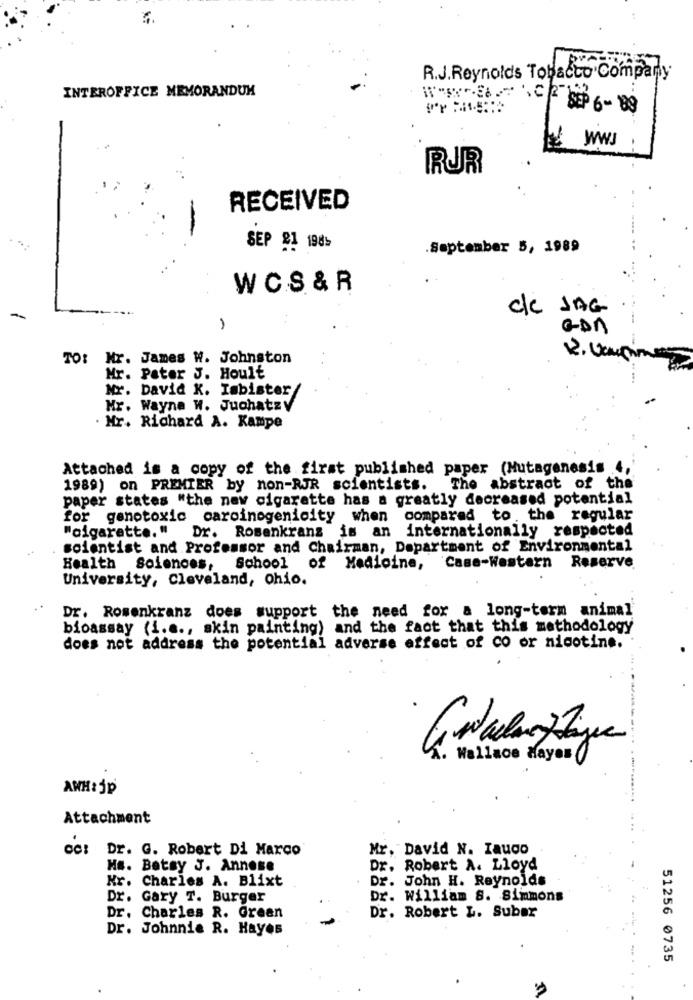
R.J.Reynolds Tobacco Company
INTEROFFICE MEMORANDUM
RUR
RECEIVED
SEP 81 198>
September 5, 1989
WCS & R
de JAG
1
con
TO: Nr. James W. Johnston
Mr. Peter J. Hoult
Nr. David K. Isbister/
Mr. Wayne W. Juchatzy
. Mr. Richard A. Kampe
Attached is a copy of the first published paper (Mutagenesis 4,
1989) on PREMIER by non-RJR scientists. The abstract of the
paper states "the new cigarette has a greatly decreased potential
for genotoxic carcinogenicity when
compared to . the regular
"cigarette. "
Dr. Rosenkranz is an internationally respected
scientist and Professor and Chairman, Department of Environmental
Health Sciences,
School of Medicine,
Case-Western Reserve
University, Cleveland, ohio.
Dr. Rosenkranz does support the need for a long-term animal
bioassay (i.e ., skin painting) and the fact that this methodology
does not address the potential adverse effect of co or nicotine.
1. Wallace Hayas (
--.
AWH:jp
Attachment
oc: Dr. G. Robert Di Marco
Mr. David N. Iaudo
Ms. Betsy J. Annese
Dr. Robert A. Lloyd
Nr. Charles A. Blixt
Dr. John H. Reynolds
Dr. Gary T. Burger
Dr. William S. Simmons
Dr. Robert L. Suber
Dr. Charles R. Green
Dr. Johnnie R. Hayos
51256 0735